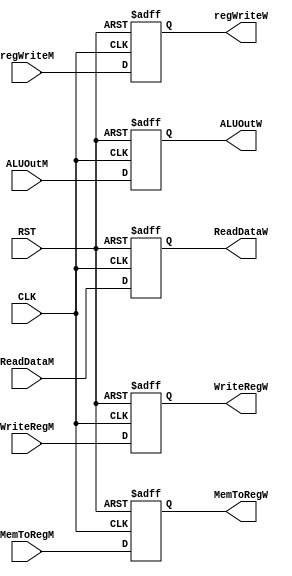
module regMemtoWB(
    input CLK,
    input RST,
    input regWriteM,
    input MemToRegM,
    input[31:0] ALUOutM,
    input[31:0] ReadDataM,
    input [4:0] WriteRegM,
    output regWriteW,
    output MemToRegW,
    output[31:0] ALUOutW,
    output[31:0] ReadDataW,
    output[4:0] WriteRegW
    );
    
    reg regWriteW, MemToRegW;
    reg[4:0] WriteRegW;
    reg[31:0] ALUOutW, ReadDataW;
    
    always @(posedge CLK or posedge RST)
    begin
    if(RST)
    begin
    regWriteW = 1'b0;
    MemToRegW = 1'b0;
    WriteRegW = 5'b00000;
    ALUOutW = 32'h00000000;
    ReadDataW = 32'h00000000;
    end
    else
    begin
    regWriteW = regWriteM;
    MemToRegW = MemToRegM;
    WriteRegW = WriteRegM;
    ALUOutW = ALUOutM;
    ReadDataW = ReadDataM;
	end
    end
endmodule